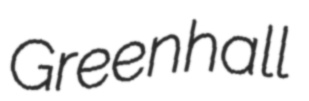
Greenhall